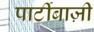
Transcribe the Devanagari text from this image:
पार्टीबाज़ी